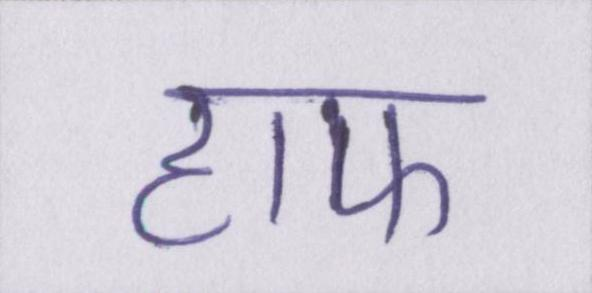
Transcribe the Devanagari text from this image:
हाफ